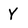
Character: Y